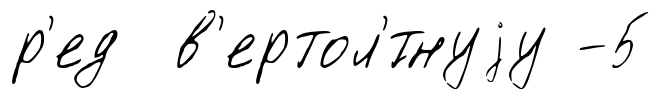
р'ед в'ертол'́тнуjу -5